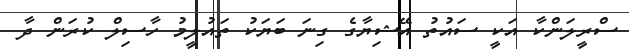
ސްރީލަންކާ އަކީ ސައުތު އޭޝިޔާގެ ގިނަ ބަޔަކު ތައުލީމު ހާސިލް ކުރަން ދާ